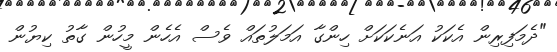
"ދެމަފިރިން އެކަކު އަނެކަކަށް ހިންގާ އަމަލުތައް ވެސް އެހެން މީހުން ގާތު ކިޔުން